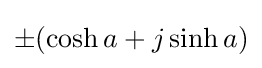
\pm (\cosh a+j\sinh a)